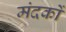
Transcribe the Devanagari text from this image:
मंदकों